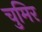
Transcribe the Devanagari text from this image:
चुमिर